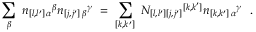
\sum _ { \beta } \ n _ { [ l , l ^ { \prime } ] \, \alpha } { } ^ { \beta } n _ { [ j , j ^ { \prime } ] \, \beta } { } ^ { \gamma } \ = \ \sum _ { [ k , k ^ { \prime } ] } \ N _ { [ l , l ^ { \prime } ] [ j , j ^ { \prime } ] } { } ^ { [ k , k ^ { \prime } ] } n _ { [ k , k ^ { \prime } ] \, \alpha } { } ^ { \gamma } \ \ .